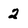
Character: 2